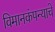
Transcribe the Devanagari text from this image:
विमानकंपन्याचे